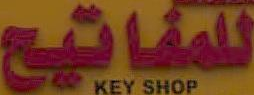
للمفاتيح